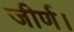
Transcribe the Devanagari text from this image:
जीर्ण।